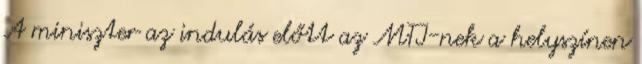
A miniszter az indulás előtt az MTI-nek a helyszínen